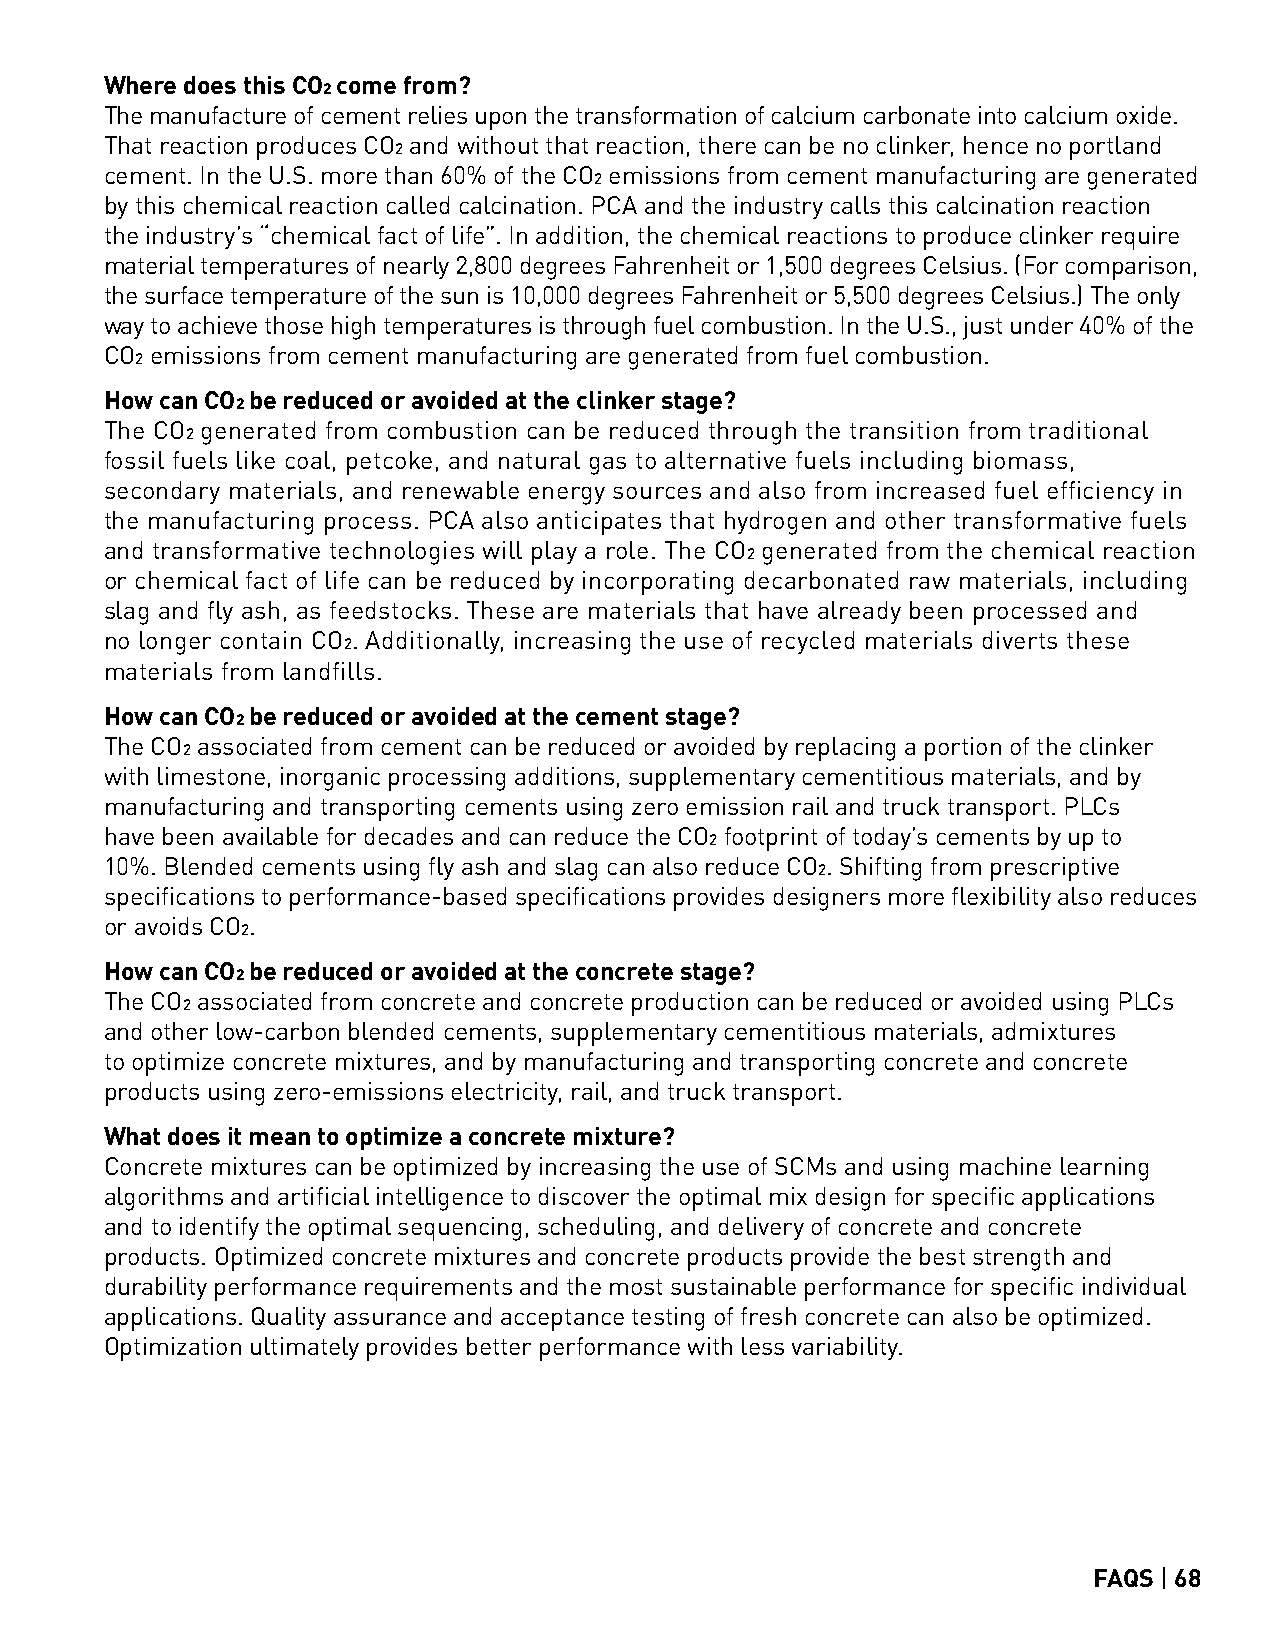
Where does this CO2 come from?
 The manufacture of cement relies upon the transformation of calcium carbonate into calcium oxide.
 That reaction produces CO2 and without that reaction, there can be no clinker, hence no portland
 cement. In the U.S. more than 60% of the CO2 emissions from cement manufacturing are generated
 by this chemical reaction called calcination. PCA and the industry calls this calcination reaction
 the industry’s “chemical fact of life”. In addition, the chemical reactions to produce clinker require
 material temperatures of nearly 2,800 degrees Fahrenheit or 1,500 degrees Celsius. (For comparison,
 the surface temperature of the sun is 10,000 degrees Fahrenheit or 5,500 degrees Celsius.) The only
 way to achieve those high temperatures is through fuel combustion. In the U.S., just under 40% of the
 CO2 emissions from cement manufacturing are generated from fuel combustion.
 How can CO2 be reduced or avoided at the clinker stage?
 The CO2 generated from combustion can be reduced through the transition from traditional
 fossil fuels like coal, petcoke, and natural gas to alternative fuels including biomass,
 secondary materials, and renewable energy sources and also from increased fuel efficiency in
 the manufacturing process. PCA also anticipates that hydrogen and other transformative fuels
 and transformative technologies will play a role. The CO2 generated from the chemical reaction
 or chemical fact of life can be reduced by incorporating decarbonated raw materials, including
 slag and fly ash, as feedstocks. These are materials that have already been processed and
 no longer contain CO2. Additionally, increasing the use of recycled materials diverts these
 materials from landfills.
 How can CO2 be reduced or avoided at the cement stage?
 The CO2 associated from cement can be reduced or avoided by replacing a portion of the clinker
 with limestone, inorganic processing additions, supplementary cementitious materials, and by
 manufacturing and transporting cements using zero emission rail and truck transport. PLCs
 have been available for decades and can reduce the CO2 footprint of today’s cements by up to
 10%. Blended cements using fly ash and slag can also reduce CO2. Shifting from prescriptive
 specifications to performance-based specifications provides designers more flexibility also reduces
 or avoids CO2.
 How can CO2 be reduced or avoided at the concrete stage?
 The CO2 associated from concrete and concrete production can be reduced or avoided using PLCs
 and other low-carbon blended cements, supplementary cementitious materials, admixtures
 to optimize concrete mixtures, and by manufacturing and transporting concrete and concrete
 products using zero-emissions electricity, rail, and truck transport.
 What does it mean to optimize a concrete mixture?
 Concrete mixtures can be optimized by increasing the use of SCMs and using machine learning
 algorithms and artificial intelligence to discover the optimal mix design for specific applications
 and to identify the optimal sequencing, scheduling, and delivery of concrete and concrete
 products. Optimized concrete mixtures and concrete products provide the best strength and
 durability performance requirements and the most sustainable performance for specific individual
 applications. Quality assurance and acceptance testing of fresh concrete can also be optimized.
 Optimization ultimately provides better performance with less variability.
 FAQS | 68